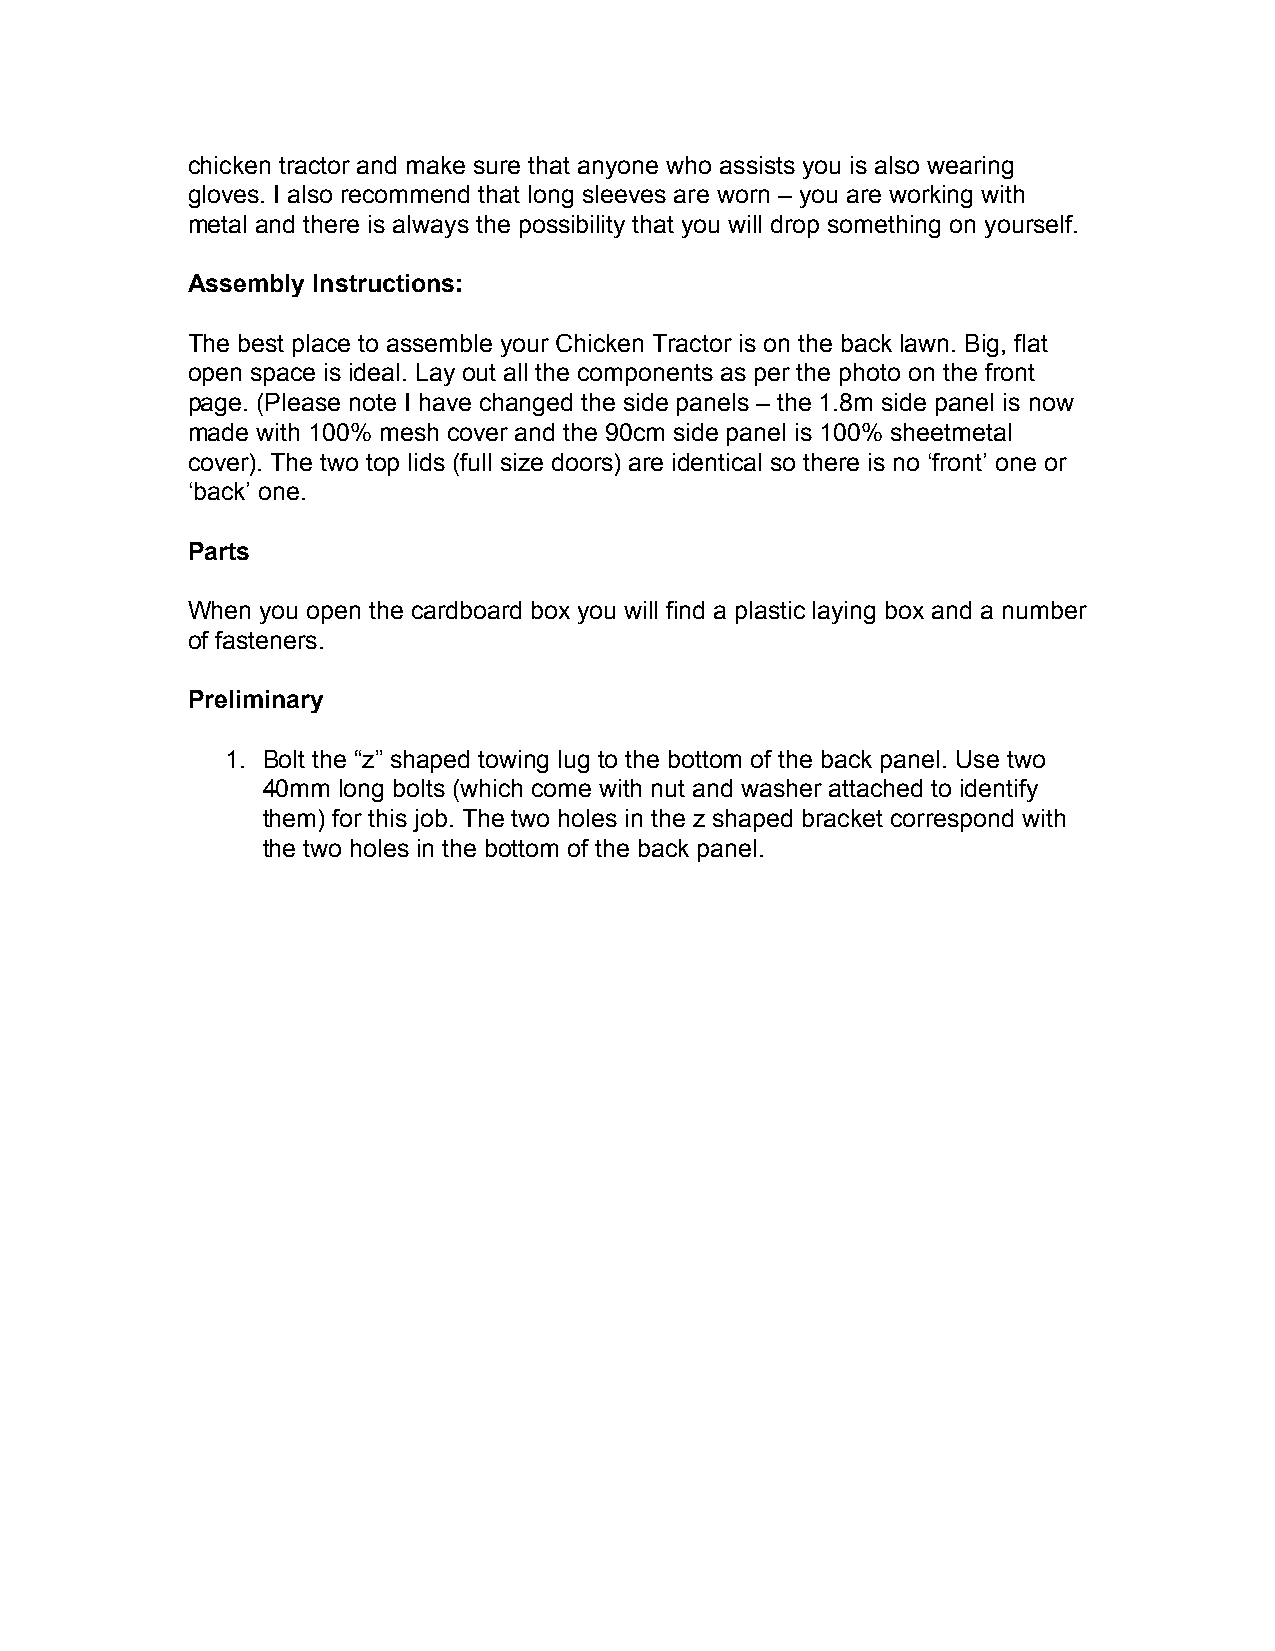
chicken tractor and make sure that anyone who assists you is also wearing
 gloves. I also recommend that long sleeves are worn – you are working with
 metal and there is always the possibility that you will drop something on yourself.
 Assembly Instructions:
 The best place to assemble your Chicken Tractor is on the back lawn. Big, flat
 open space is ideal. Lay out all the components as per the photo on the front
 page. (Please note I have changed the side panels – the 1.8m side panel is now
 made with 100% mesh cover and the 90cm side panel is 100% sheetmetal
 cover). The two top lids (full size doors) are identical so there is no ‘front’ one or
 ‘back’ one.
 Parts
 When you open the cardboard box you will find a plastic laying box and a number
 of fasteners.
 Preliminary
 1. Bolt the “z” shaped towing lug to the bottom of the back panel. Use two
 40mm long bolts (which come with nut and washer attached to identify
 them) for this job. The two holes in the z shaped bracket correspond with
 the two holes in the bottom of the back panel.